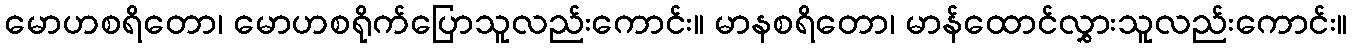
မောဟစရိတော၊ မောဟစရိုက်ပြောသူလည်းကောင်း။ မာနစရိတော၊ မာန်ထောင်လွှားသူလည်းကောင်း။